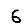
Digit: 6